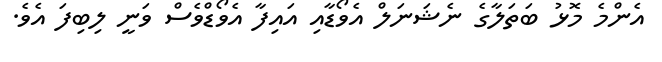
އެންމެ މޮޅު ބަތަލާގެ ނެޝަނަލް އެވޯޑާއި އައިފާ އެވޯޑްވެސް ވަނީ ލިބިފަ އެވެ.